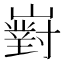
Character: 𡽵